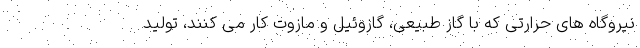
نیروگاه های حرارتی که با گاز طبیعی، گازوئیل و مازوت کار می کنند، تولید